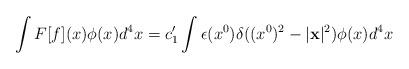
LaTeX: \begin{align*}\int F[f](x) \phi (x) d^{4}x =c_{1}^{\prime } \int \epsilon (x^{0}) \delta ((x^{0})^{2} - |{\bf x}|^{2}) \phi (x) d^{4}x\end{align*}